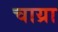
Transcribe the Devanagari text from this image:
चाय्रा